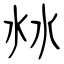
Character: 沝